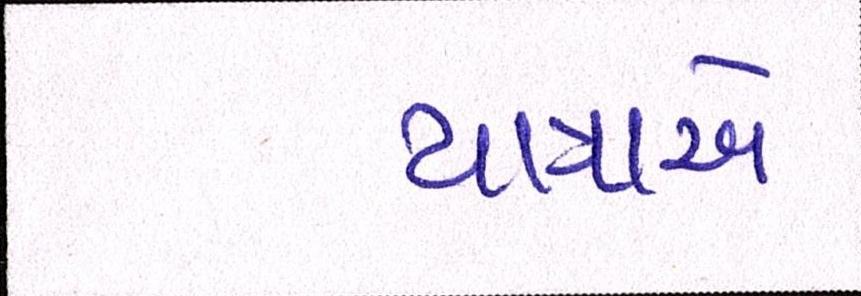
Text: યાત્રાએ